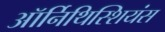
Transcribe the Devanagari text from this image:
ऑर्निथिस्शियंस